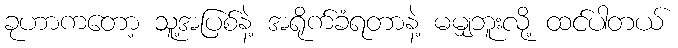
ခုဟာကတော့ သူ့အပြစ်နဲ့ အရိုက်ခံရတာနဲ့ မမျှဘူးလို့ ထင်ပါတယ်